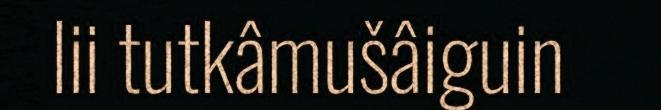
lii tutkâmušâiguin